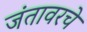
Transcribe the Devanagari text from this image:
जंतावरचे